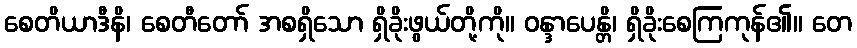
စေတိယာဒီနိ၊ စေတီတော် အစရှိသော ရှိခိုးဖွယ်တို့ကို။ ဝန္ဒာပေန္တိ၊ ရှိခိုးစေကြကုန်၏။ တေ